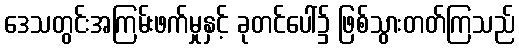
ဒေသတွင်းအကြမ်းဖက်မှုနှင့် ခုတင်ပေါ်၌ ဖြစ်သွားတတ်ကြသည်